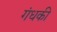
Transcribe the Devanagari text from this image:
गंधकी